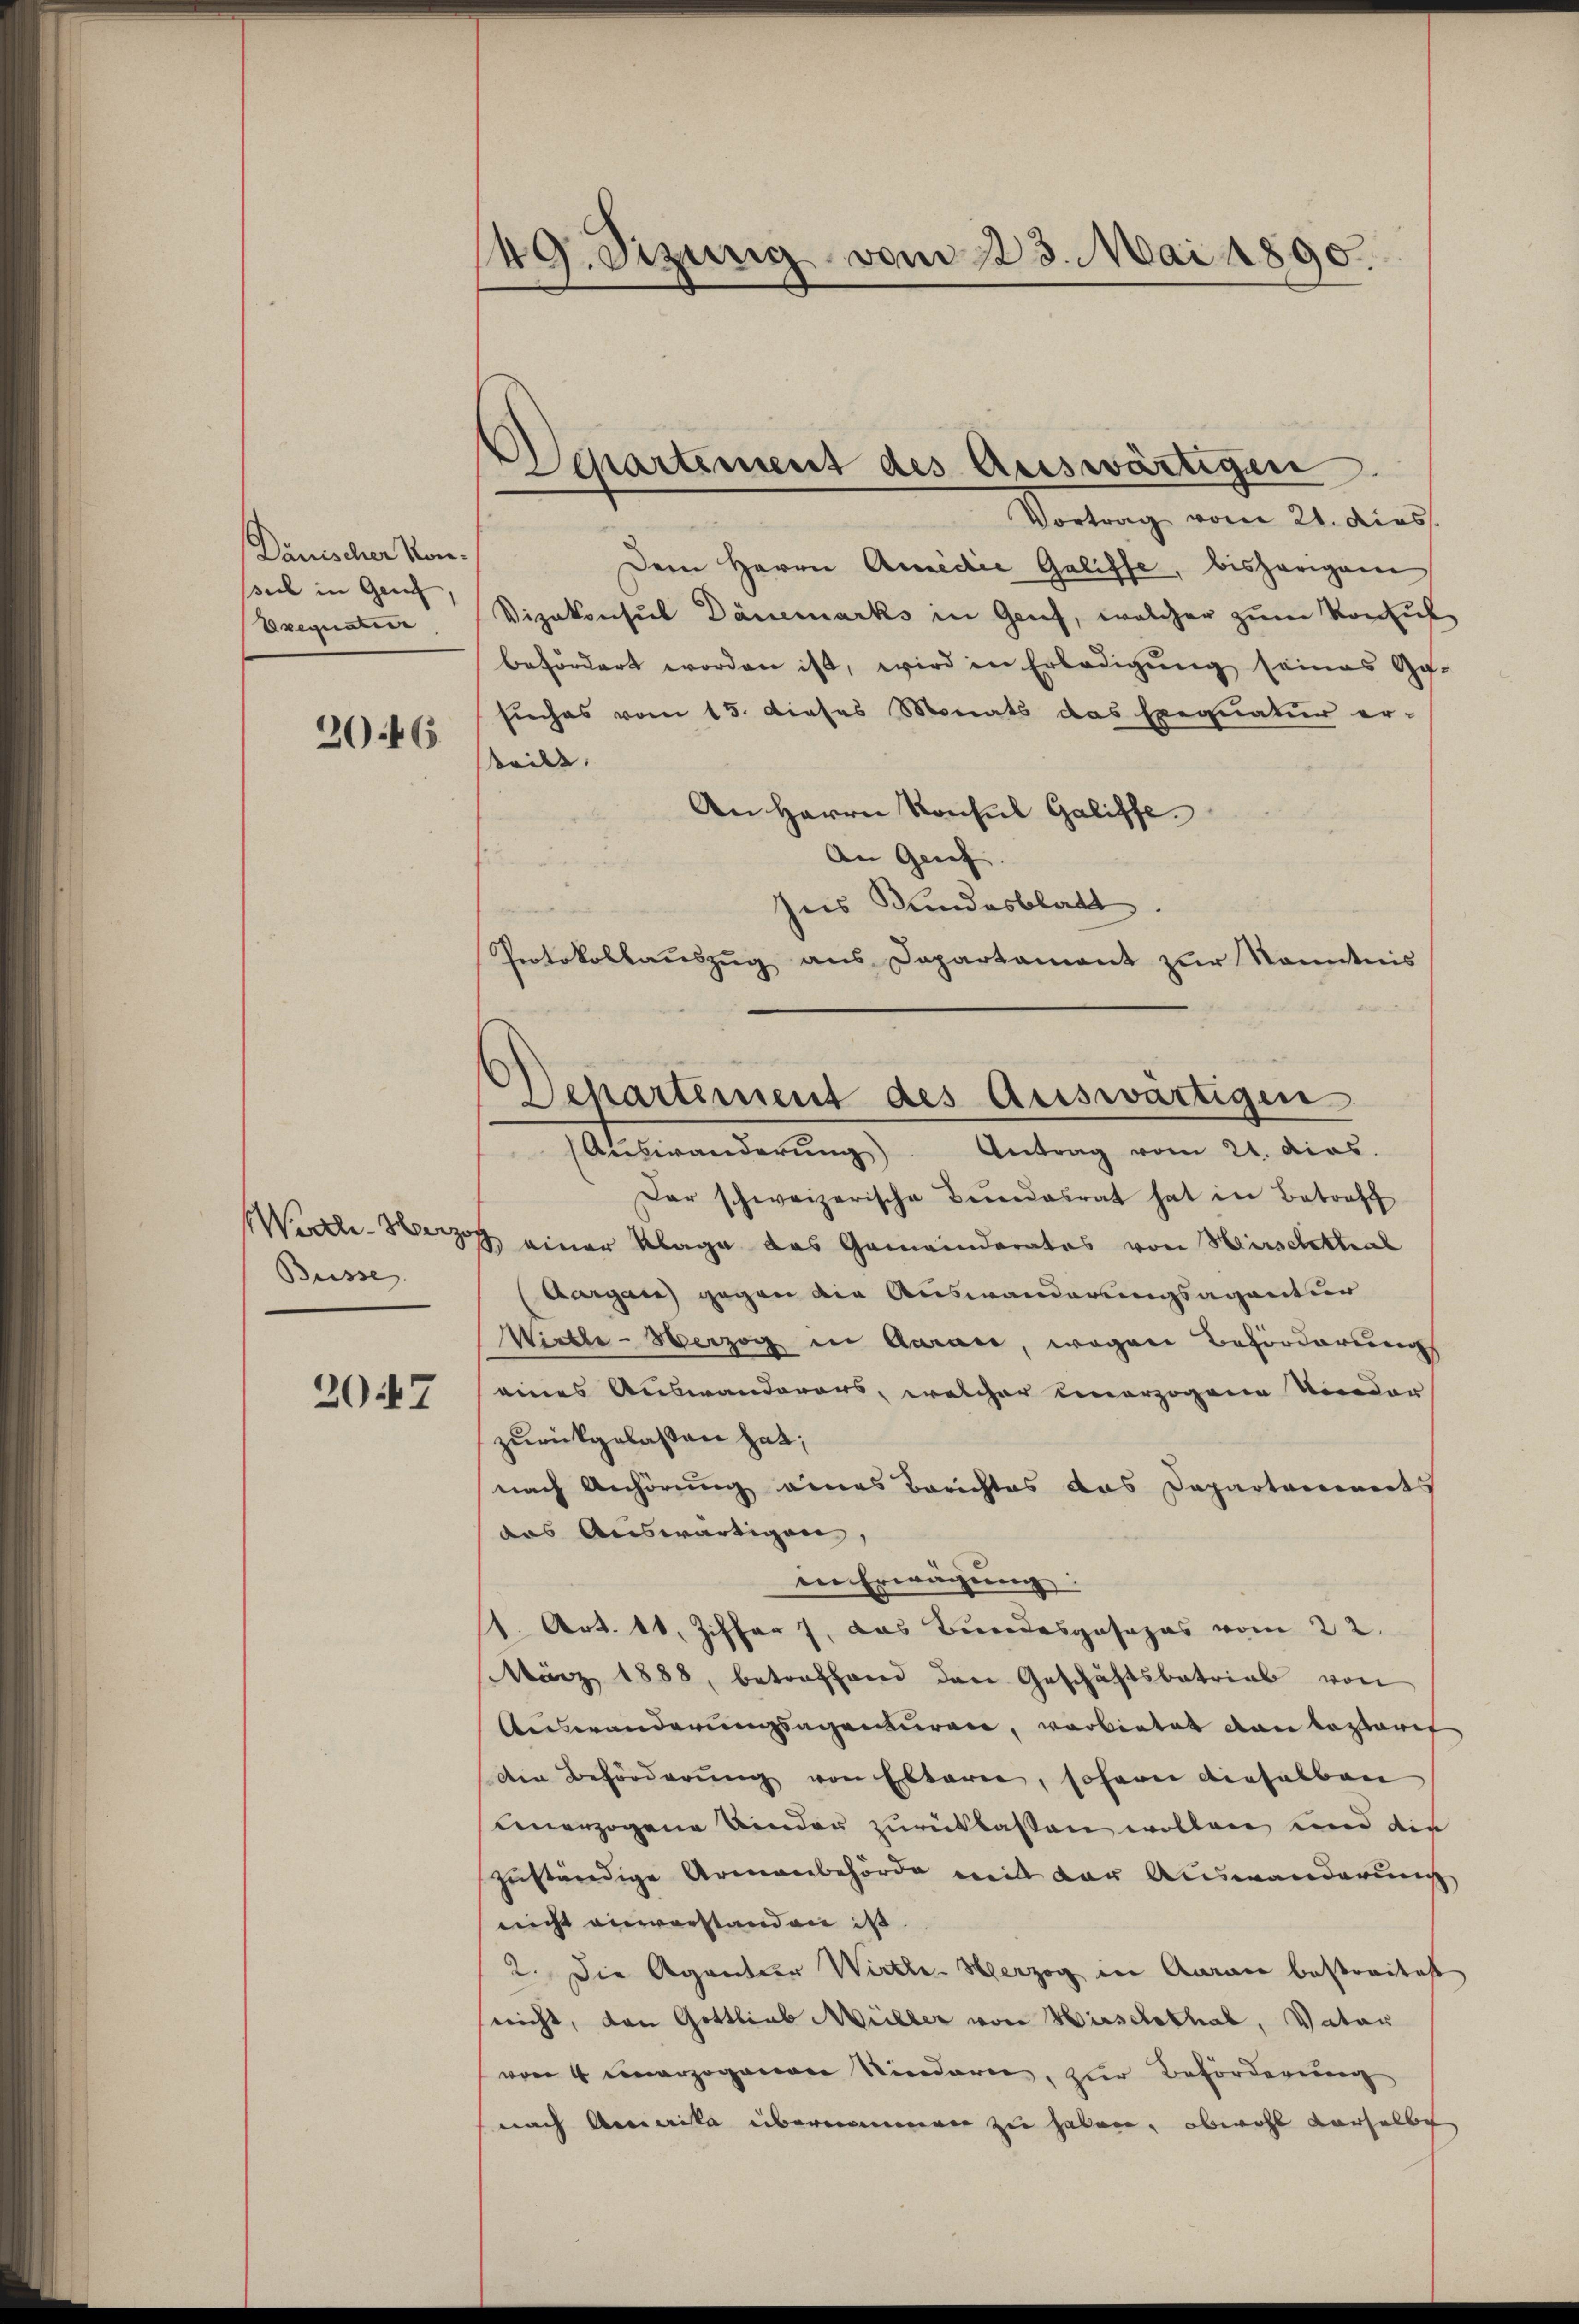
Dänischer Kon-
seil in Genf,
Exequaten.

2046

Büsse.

2047

49. Sizung vom 123. Mai 1890.

Departement des Auswärtigen.

Departement des Auswärtigen
Auswanderung). Antrag vom 21. dies

Vortrag vom 21. dies
Dem Herrn Amedie Galisse, bisherigem
Vizekonsul Dänemarks in Genf, welcher zum Konsul
befördert worden ist, wird in Erledigŭng seines Ge-
sieches vom 15. dieses Monats das Exequatur er-
teilt. |
An Herrn Konsul Galiffe
An Genf.
sies Bundesblatt.
Protokollauszug aus Departament zur Kenntnis
Dar schweizerische Bundesrat hat in Betreff
Winkler einer Klage das Gemeinderates von Hirschthal
Aargau gegen die Auswanderungsagantur
Wirtle-Verzog in Garan, wegen Behörderung
eines Auswanderers, welcher einerzogene Nieder
zurückgelassen hat;
nach Anhörung eines Berichtes das Departarinets
das Auswärtigen,
in Erwägung:
/1. Art. 10. Ziffer, das Bundesgesezes vom 22.
März 1888, betreffend den Geschäftsbetrieb von
Auswanderungsagenturen, verbietet von lezteres
die Beförderung von Elterie, sohann dieselben
sinerzogene Kinder zurücklassen wollen und die
zuständige Armenbehörde mit der Auswanderung
nicht einvorstanden ist.
2. Die Agantier Wirthe Herzog in Aarare bestraitest
nicht, den Gottlieb Müller von Hirschthal, Vater
von 4 einerzogenen Kindern, zur Beförderung
nach Amerika übernommen zu haben, obwohl derselbe